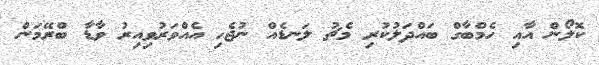
ކޮލޯން އާއި ހެމްބާގް ބައްދަލުކުރި މެޗު ލަނޑެއް ނުޖެހި އެއްވަރުވިއިރު ވާޑާ ބްރޭމަން